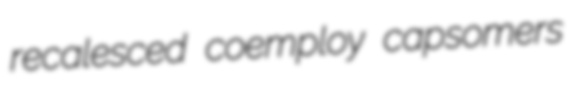
recalesced coemploy capsomers